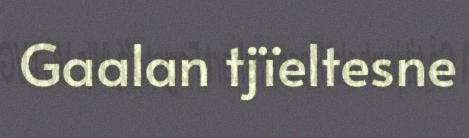
Gaalan tjïeltesne